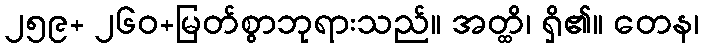
၂၅၉+ ၂၆၀+မြတ်စွာဘုရားသည်။ အတ္ထိ၊ ရှိ၏။ တေန၊